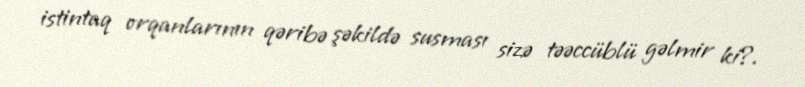
istintaq orqanlarının qəribə şəkildə susması sizə təəccüblü gəlmir ki?.